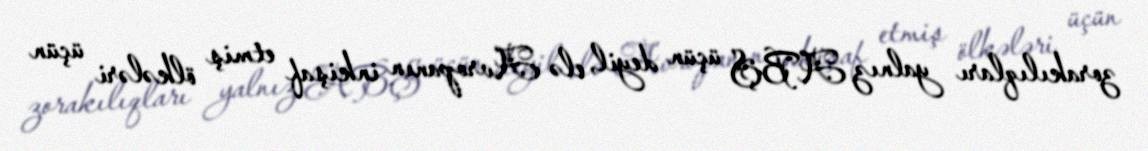
zorakılıqları yalnız ABŞ üçün deyil, elə Avropanın inkişaf etmiş ölkələri üçün